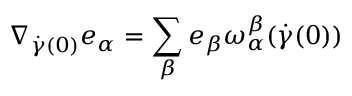
\nabla _ { { \dot { \gamma } } ( 0 ) } e _ { \alpha } = \sum _ { \beta } e _ { \beta } \omega _ { \alpha } ^ { \beta } ( { \dot { \gamma } } ( 0 ) )